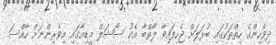
ދިވެހިންގެ ހިތްތަކުގައި ބުޅަލަށް ޖެހިފައިވާ ލޯތްބާ އެކު ސޯޝަލް މީޑިއާގައި މިވެރިންނަށް ހާއްސަ